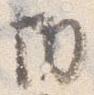
切